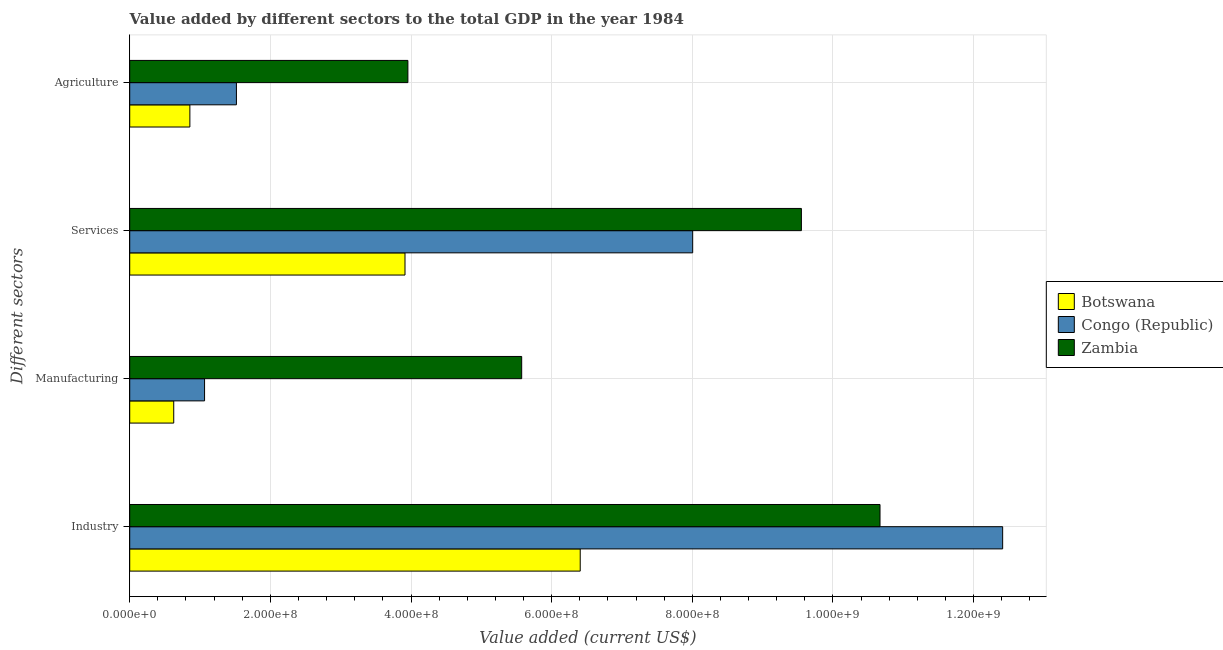
| Different sectors | Botswana | Congo (Republic) | Zambia |
 | --- | --- | --- | --- |
 | Industry | 6.41e+08 | 1.24e+09 | 1.07e+09 |
 | Manufacturing | 6.26e+07 | 1.06e+08 | 5.57e+08 |
 | Services | 3.91e+08 | 8.01e+08 | 9.55e+08 |
 | Agriculture | 8.55e+07 | 1.52e+08 | 3.96e+08 |